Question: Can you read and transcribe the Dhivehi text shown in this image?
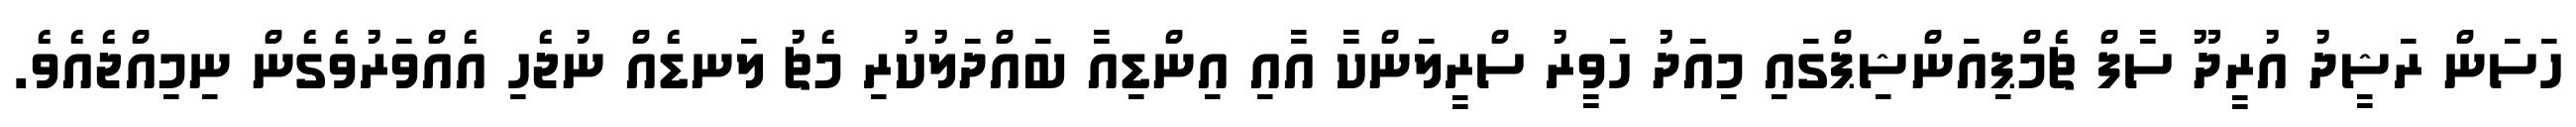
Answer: ހަސަން ރަޝީދު އުރީދޫ ސާފް ޗެމްޕިއަންޝިޕްގައި މިއަދު ހަވީރު ސްރީލަންކާ އާއި އިންޑިއާ ބައްދަލުކުރި މެޗު ލަނޑެއް ނުޖެހި އެއްވަރުވެގެން ނިމިއްޖެއެވެ.